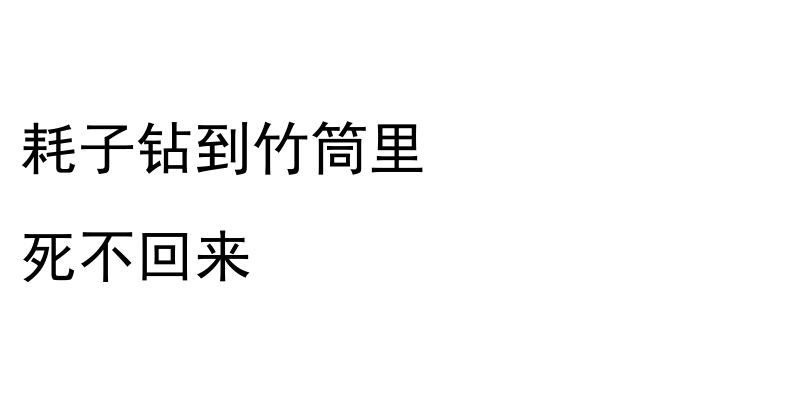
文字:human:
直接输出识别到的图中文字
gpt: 耗子钻到竹筒里 死不回来